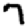
Digit: 7